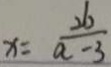
x = \frac { 2 6 } { a - 3 }